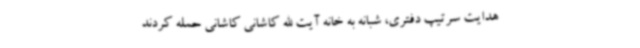
هدایت سرتیپ دفتری، شبانه به خانه آیت الله کاشانی کاشانی حمله کردند